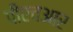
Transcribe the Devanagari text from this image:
पीएचआर